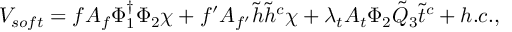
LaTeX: V _ { s o f t } = f A _ { f } \Phi _ { 1 } ^ { \dagger } \Phi _ { 2 } \chi + f ^ { \prime } A _ { f ^ { \prime } } \tilde { h } \tilde { h } ^ { c } \chi + \lambda _ { t } A _ { t } \Phi _ { 2 } \tilde { Q } _ { 3 } \tilde { t } ^ { c } + h . c . ,